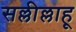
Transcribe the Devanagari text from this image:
सल्लील्लाहू